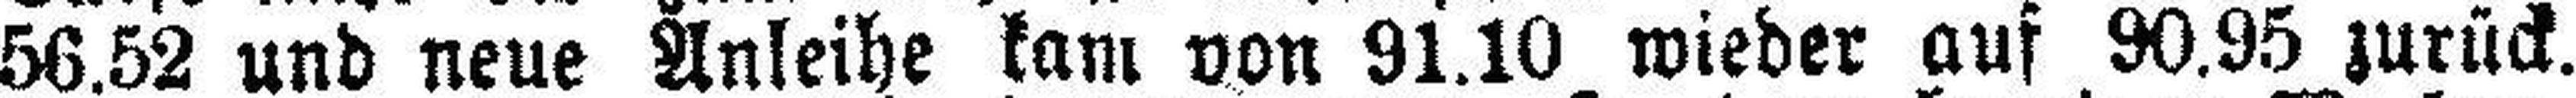
56.52 und neue Anleihe kam von 91.10 wieder auf 90.95 zurück.